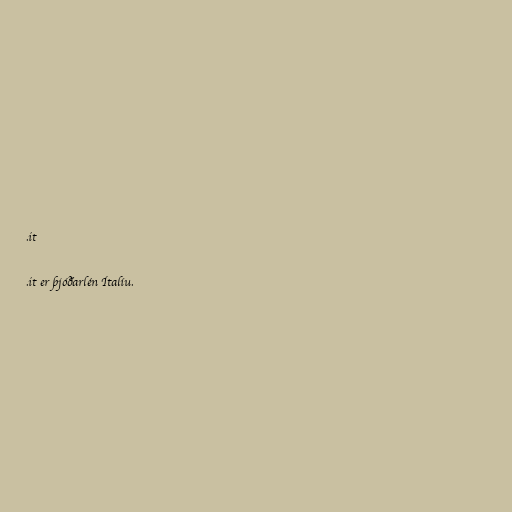
.it

.it er þjóðarlén Ítalíu.